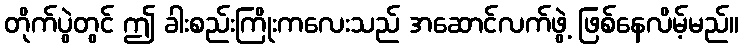
တိုက်ပွဲတွင် ဤ ခါးစည်းကြိုးကလေးသည် အဆောင်လက်ဖွဲ့ ဖြစ်နေလိမ့်မည်။